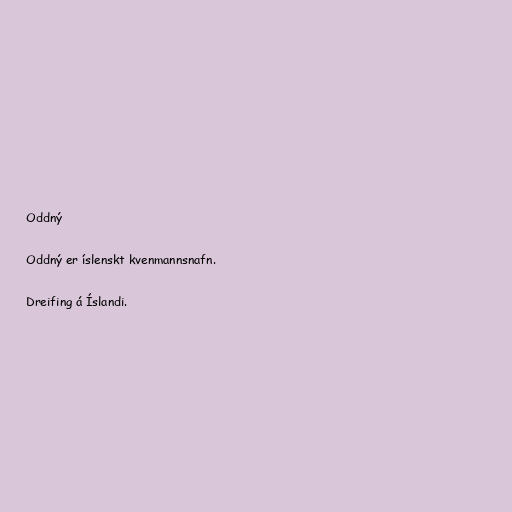
Oddný

Oddný er íslenskt kvenmannsnafn.

Dreifing á Íslandi.